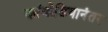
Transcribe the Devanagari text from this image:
कांबोडियानंतर